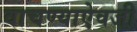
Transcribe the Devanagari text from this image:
वाचण्याऐवजी